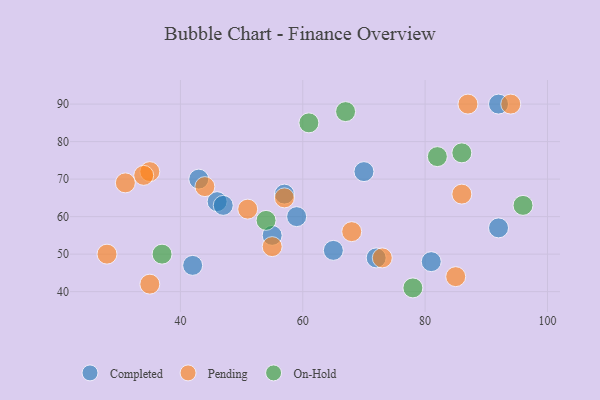
{"axis": {"x": "GDP", "y": "Life Expectancy"}, "legend": ["Completed", "On-Hold", "Pending"], "data": [{"x": "65", "y": 51, "type": "Completed"}, {"x": "46", "y": 64, "type": "Completed"}, {"x": "43", "y": 70, "type": "Completed"}, {"x": "59", "y": 60, "type": "Completed"}, {"x": "92", "y": 90, "type": "Completed"}, {"x": "72", "y": 49, "type": "Completed"}, {"x": "70", "y": 72, "type": "Completed"}, {"x": "57", "y": 66, "type": "Completed"}, {"x": "55", "y": 55, "type": "Completed"}, {"x": "81", "y": 48, "type": "Completed"}, {"x": "42", "y": 47, "type": "Completed"}, {"x": "92", "y": 57, "type": "Completed"}, {"x": "47", "y": 63, "type": "Completed"}, {"x": "35", "y": 72, "type": "Pending"}, {"x": "73", "y": 49, "type": "Pending"}, {"x": "57", "y": 65, "type": "Pending"}, {"x": "34", "y": 71, "type": "Pending"}, {"x": "68", "y": 56, "type": "Pending"}, {"x": "94", "y": 90, "type": "Pending"}, {"x": "35", "y": 42, "type": "Pending"}, {"x": "44", "y": 68, "type": "Pending"}, {"x": "85", "y": 44, "type": "Pending"}, {"x": "87", "y": 90, "type": "Pending"}, {"x": "55", "y": 52, "type": "Pending"}, {"x": "31", "y": 69, "type": "Pending"}, {"x": "28", "y": 50, "type": "Pending"}, {"x": "86", "y": 66, "type": "Pending"}, {"x": "51", "y": 62, "type": "Pending"}, {"x": "61", "y": 85, "type": "On-Hold"}, {"x": "96", "y": 63, "type": "On-Hold"}, {"x": "78", "y": 41, "type": "On-Hold"}, {"x": "54", "y": 59, "type": "On-Hold"}, {"x": "86", "y": 77, "type": "On-Hold"}, {"x": "82", "y": 76, "type": "On-Hold"}, {"x": "67", "y": 88, "type": "On-Hold"}, {"x": "37", "y": 50, "type": "On-Hold"}]}